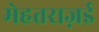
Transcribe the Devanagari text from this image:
मेहतराज़ई